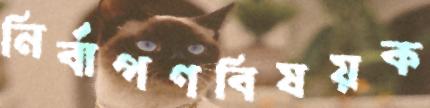
নির্বাপণবিষয়ক